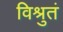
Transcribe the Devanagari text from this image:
विश्रुतं